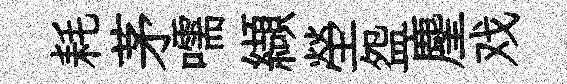
耗茅嚅纈塋盌麈戏